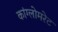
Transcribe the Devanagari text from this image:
कांग्लोमरेट